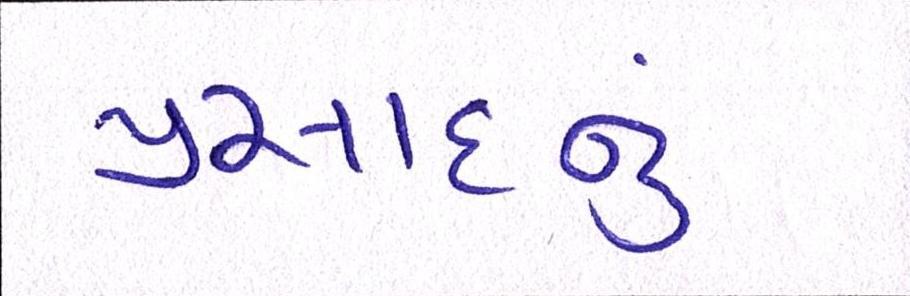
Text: પ્રસાદનું